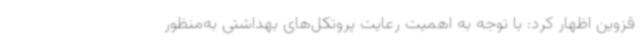
قزوین اظهار کرد: با توجه به اهمیت رعایت پروتکل‌های بهداشتی به‌منظور